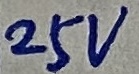
Text: 25V